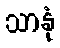
သာနုံ